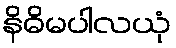
နိဓိမပါလယုံ